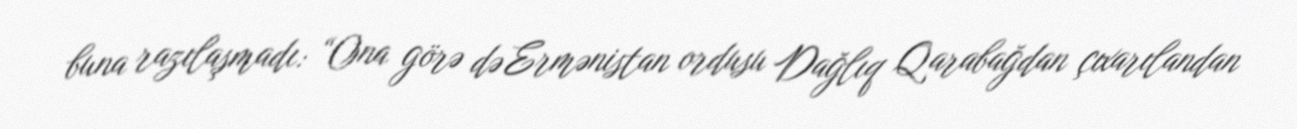
buna razılaşmadı: “Ona görə də Ermənistan ordusu Dağlıq Qarabağdan çıxarılandan